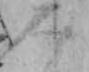
み